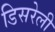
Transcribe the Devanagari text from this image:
डिसरेली